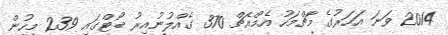
2014 ވަނަ އަހަރުގެ މާޗްމަހު އެމްއެޗް 370 ގެއްލުނުއިރު ބޯޓްގައި 239 މީހުން